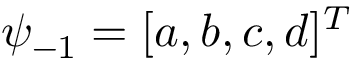
\psi _ { - 1 } = [ a , b , c , d ] ^ { T }